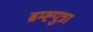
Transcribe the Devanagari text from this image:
ब्रम्ह्पुत्रा